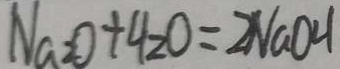
N a = 0 + 4 2 0 = 2 N a O H